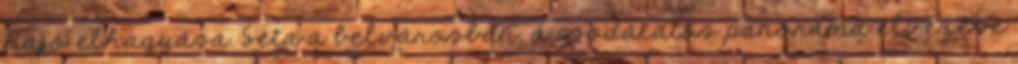
hajó elhagyása. Séta a belvárosban, a csodálatos panoráma élvezése